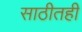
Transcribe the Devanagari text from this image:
साठीतही